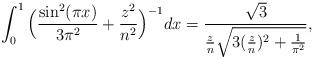
LaTeX: \begin{align*}\int_0^1 \Big(\frac{\sin^2(\pi x)}{3\pi^2}+\frac{z^2}{n^2}\Big)^{-1}dx = \frac{\sqrt{3}}{\frac{z}{n}\sqrt{3(\frac{z}{n})^2+\frac{1}{\pi^2}}},\end{align*}